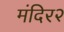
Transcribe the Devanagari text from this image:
मंदिर२